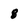
Character: 8